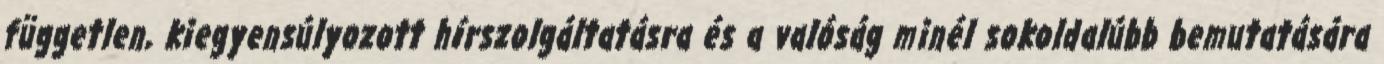
független, kiegyensúlyozott hírszolgáltatásra és a valóság minél sokoldalúbb bemutatására